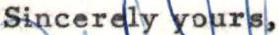
Sincerely yours,